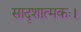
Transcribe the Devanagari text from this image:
सादृशात्मकः।